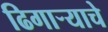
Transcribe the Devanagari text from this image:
ढिगार्‍याचे